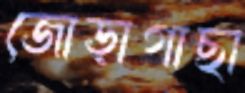
জোড়াগাছা